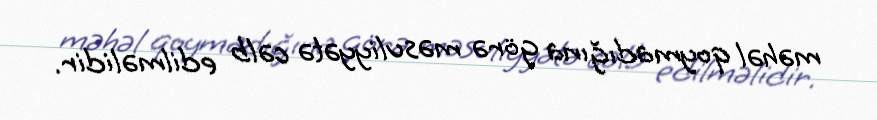
məhəl qoymadığına görə məsuliyyətə cəlb edilməlidir.